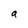
Character: a